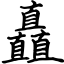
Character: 矗